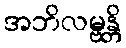
အဘိလမ္ဗန္တိ